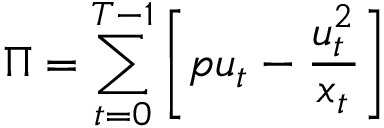
\Pi = \sum _ { t = 0 } ^ { T - 1 } \left[ p u _ { t } - { \frac { u _ { t } ^ { 2 } } { x _ { t } } } \right]